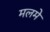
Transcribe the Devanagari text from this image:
मलमे